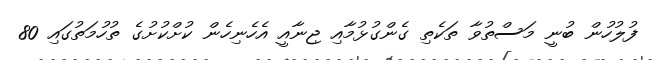
ފުލުހުން ބުނީ މަސްތުވާ ތަކެތި ގެންގުޅުމާއި ޖިނާއީ އެހެނިހެން ކުށްކުށުގެ ތުހުމަތުގައި 80